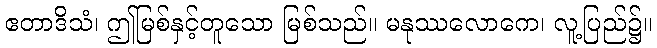
ဧတာဒိသံ၊ ဤမြစ်နှင့်တူသော မြစ်သည်။ မနုဿလောကေ၊ လူ့ပြည်၌။